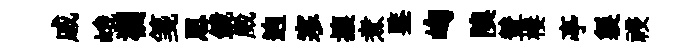
戚峨襴箋思鏡崴逈寒攘煮鍳峋隩輦棲亭製祲